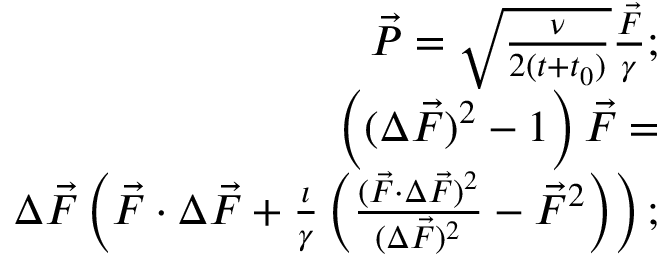
\begin{array} { r l r } & { } & { \vec { P } = \sqrt { \frac { \nu } { 2 ( t + t _ { 0 } ) } } \frac { \vec { F } } { \gamma } ; } \\ & { } & { \left( ( \Delta \vec { F } ) ^ { 2 } - 1 \right) \vec { F } = } \\ & { } & { \Delta \vec { F } \left( \vec { F } \cdot \Delta \vec { F } + \frac { \imath } { \gamma } \left( \frac { ( \vec { F } \cdot \Delta \vec { F } ) ^ { 2 } } { ( \Delta \vec { F } ) ^ { 2 } } - \vec { F } ^ { 2 } \right) \right) ; } \end{array}